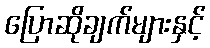
ပြောဆိုချက်များနှင့်